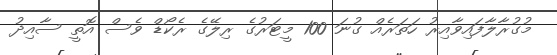
މުގުރާލާފައިވާއިރު ހަތަރެއް ގުނަ 100 މީޓަރުގެ ރިލޭގެ ރެކޯޑް ވެސް އޮތީ ސާއިދު